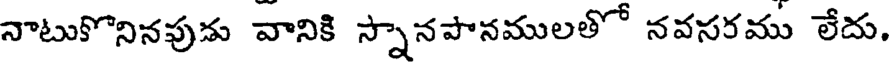
నాటుకొనినవుడు వానికి స్నానపానములతో నవసరము లేదు,